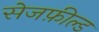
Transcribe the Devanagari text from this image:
सेजफ़ील्ड